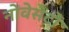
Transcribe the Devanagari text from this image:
नोवेसेंटो